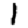
Digit: 1